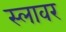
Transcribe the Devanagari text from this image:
स्लावर